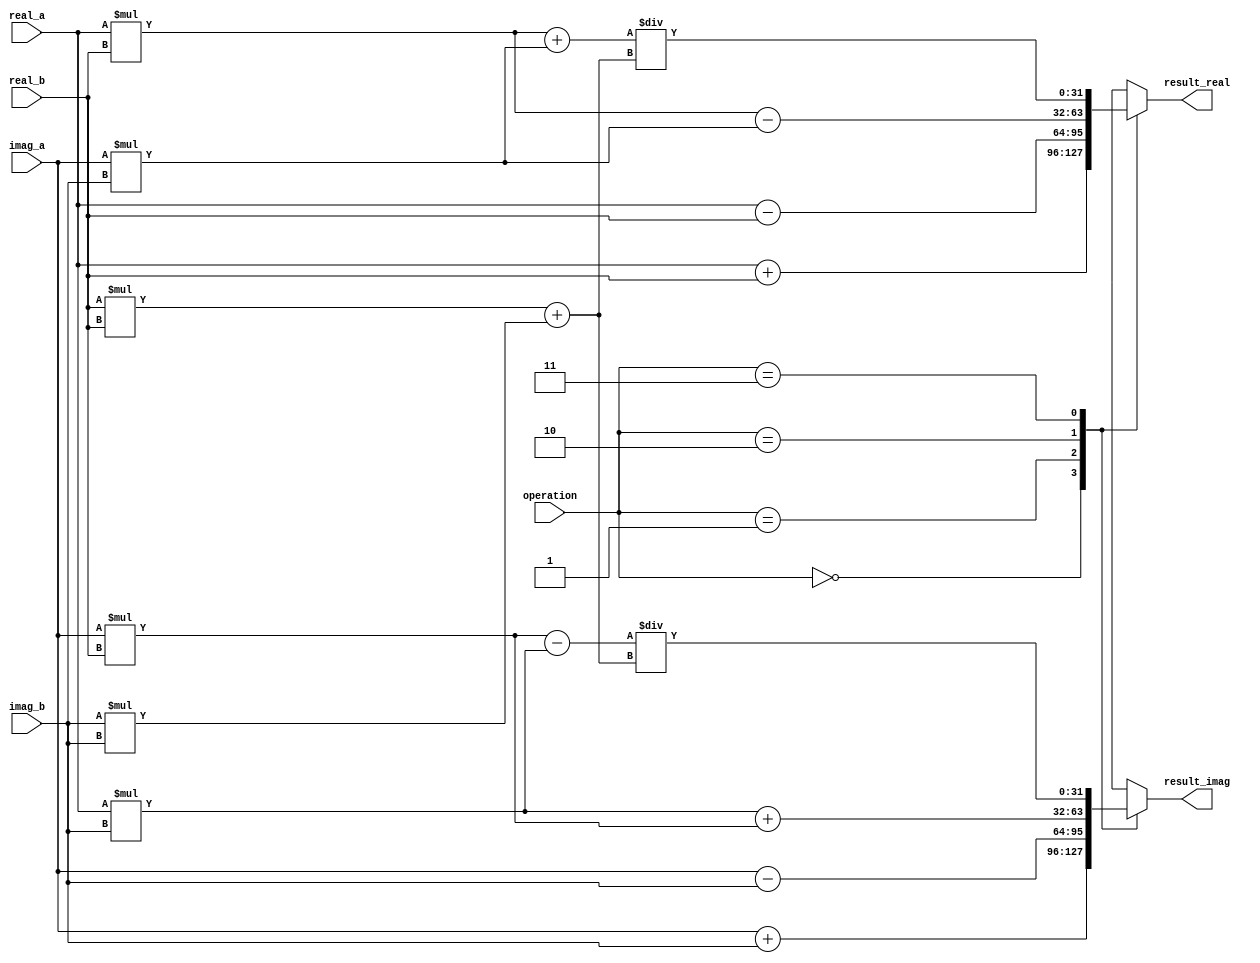
module ComplexALU(
    input wire [31:0] real_a,
    input wire [31:0] imag_a,
    input wire [31:0] real_b,
    input wire [31:0] imag_b,
    input wire [1:0] operation, // 00: addition, 01: subtraction, 10: multiplication, 11: division
    output reg [31:0] result_real,
    output reg [31:0] result_imag
);

always @(*) begin
    case(operation)
        2'b00: begin // addition
            result_real = real_a + real_b;
            result_imag = imag_a + imag_b;
        end
        2'b01: begin // subtraction
            result_real = real_a - real_b;
            result_imag = imag_a - imag_b;
        end
        2'b10: begin // multiplication
            result_real = (real_a * real_b) - (imag_a * imag_b);
            result_imag = (real_a * imag_b) + (imag_a * real_b);
        end
        2'b11: begin // division
            result_real = ((real_a * real_b) + (imag_a * imag_b)) / (real_b * real_b + imag_b * imag_b);
            result_imag = ((imag_a * real_b) - (real_a * imag_b)) / (real_b * real_b + imag_b * imag_b);
        end
        default: begin
            result_real = 0;
            result_imag = 0;
        end
    endcase
end

endmodule